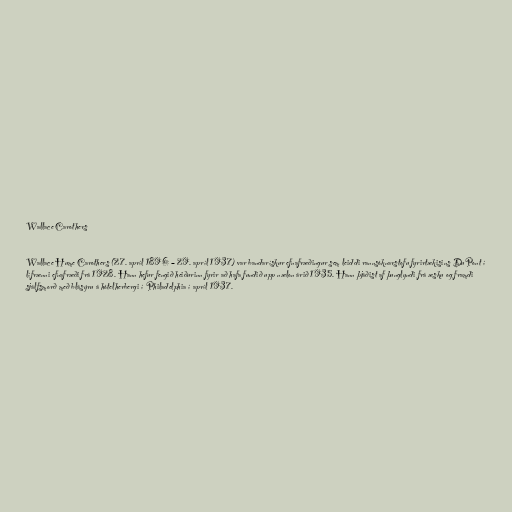
Wallace Carothers

Wallace Hume Carothers (27. apríl 1896 – 29. apríl 1937) var bandarískur efnafræðingur sem leiddi rannsóknarstofu fyrirtækisins DuPont í
lífrænni efnafræði frá 1928. Hann hefur fengið heiðurinn fyrir að hafa fundið upp nælon árið 1935. Hann þjáðist af þunglyndi frá æsku og framdi
sjálfsmorð með blásýru á hótelherbergi í Philadelphia í apríl 1937.